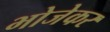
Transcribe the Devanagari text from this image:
भोजेकर